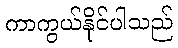
ကာကွယ်နိုင်ပါသည်